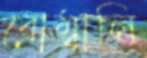
বোম্বালি